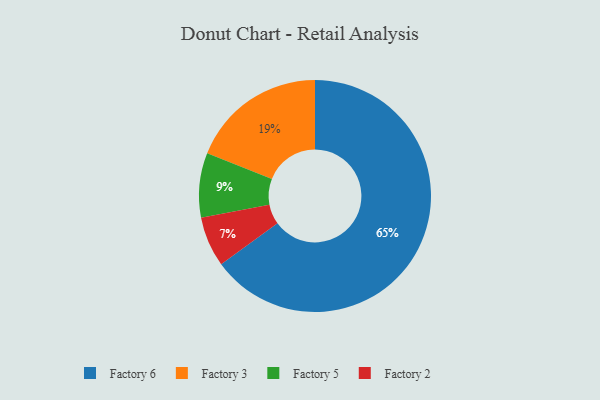
{"axis": {"x": "Category", "y": "Percentage"}, "legend": ["Factory 2", "Factory 3", "Factory 5", "Factory 6"], "data": [{"x": "Factory 2", "y": 7, "type": "Factory 2"}, {"x": "Factory 5", "y": 9, "type": "Factory 5"}, {"x": "Factory 6", "y": 65, "type": "Factory 6"}, {"x": "Factory 3", "y": 19, "type": "Factory 3"}]}